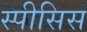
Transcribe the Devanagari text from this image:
स्पीसिस